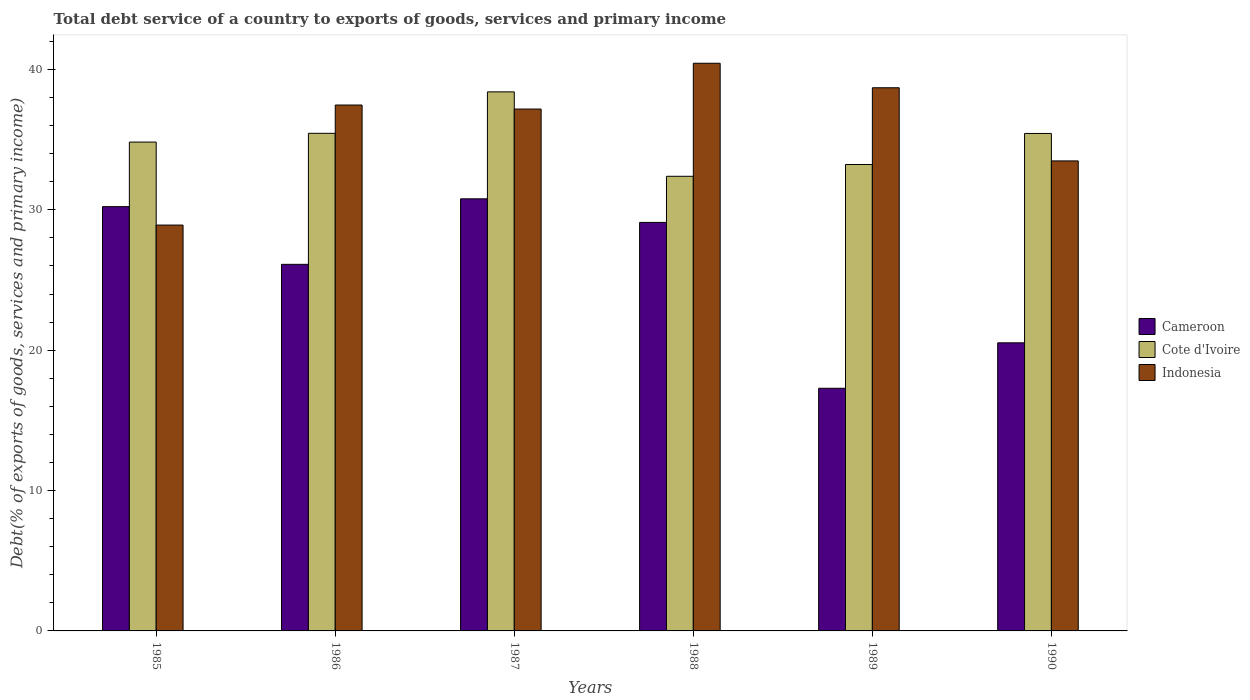
| Years | Cameroon | Cote d'Ivoire | Indonesia |
 | --- | --- | --- | --- |
 | 1985 | 30.2 | 34.8 | 28.9 |
 | 1986 | 26.1 | 35.4 | 37.5 |
 | 1987 | 30.8 | 38.4 | 37.2 |
 | 1988 | 29.1 | 32.4 | 40.4 |
 | 1989 | 17.3 | 33.2 | 38.7 |
 | 1990 | 20.5 | 35.4 | 33.5 |